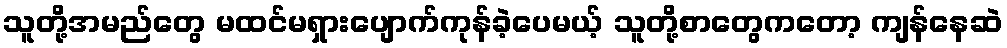
သူတို့အမည်တွေ မထင်မရှားပျောက်ကုန်ခဲ့ပေမယ့် သူတို့စာတွေကတော့ ကျန်နေဆဲ